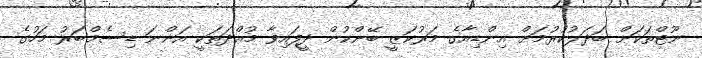
ނޫޓްތަކަށް ބަދަލުކުރުމަށް އިންޑިއާގެ މަރުކަޒީ ބޭންކުން ދީފައިވާ މުއްދަތަކީ އަންނަ ޑިސެމްބަރު މަހުގެ